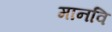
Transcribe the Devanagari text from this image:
मानवि